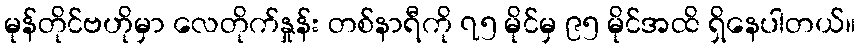
မုန်တိုင်ဗဟိုမှာ လေတိုက်နှုန်း တစ်နာရီကို ၇၅ မိုင်မှ ၉၅ မိုင်အထိ ရှိနေပါတယ်။